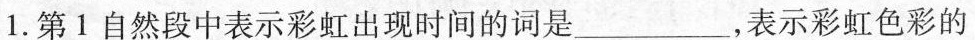
1.第1自然段中表示彩虹出现时间的词是___，表示彩虹色彩的